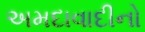
અમદાવાદીનો